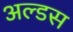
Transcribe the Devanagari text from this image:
अल्डस